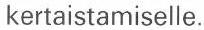
kertaistamiselle.